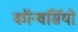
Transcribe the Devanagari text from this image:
कॉन्वर्सियो